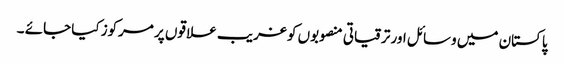
پاکستان میں وسائل اور ترقیاتی منصوبوں کو غریب علا قوں پر مرکوز کیا جائے ۔